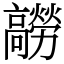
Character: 髝